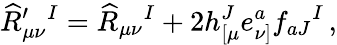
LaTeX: \widehat R_{\mu\nu}^{\prime}{}^{I}=\widehat R_{\mu\nu}{}^{I}+2h_{[\mu}^{J}e_{\nu]}^{a}f_{aJ}{}^{I}\, ,